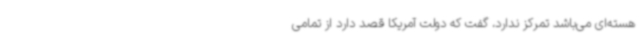
هسته‌ای می‌باشد تمرکز ندارد، گفت که دولت آمریکا قصد دارد از تمامی